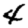
Digit: 4